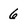
Character: 6